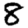
Digit: 8